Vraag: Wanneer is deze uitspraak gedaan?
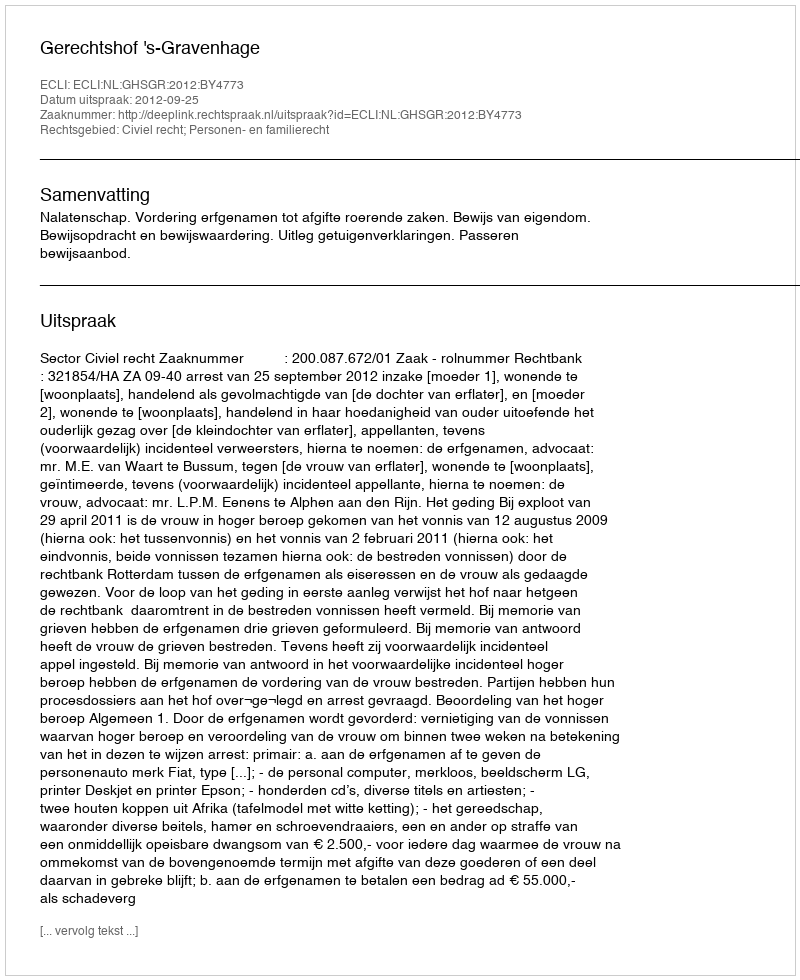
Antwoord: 2012-09-25